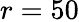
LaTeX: r=50